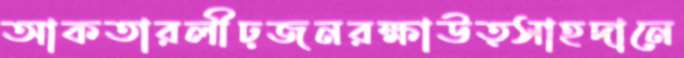
আকতারলীঢ়জনরক্ষাউত্সাহদানে